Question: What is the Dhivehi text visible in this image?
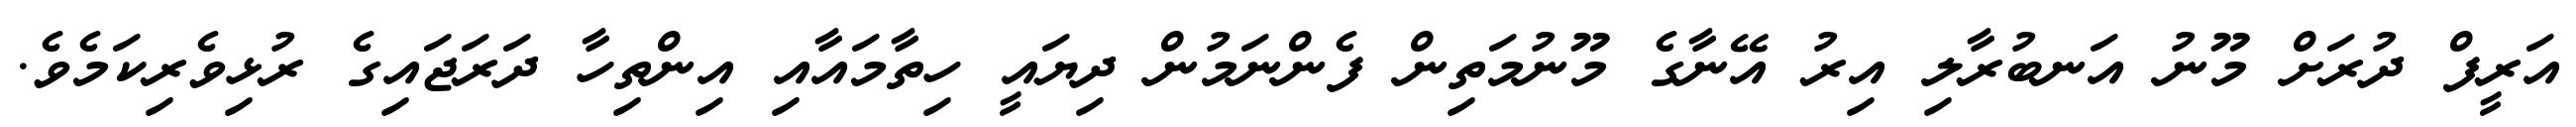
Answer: އަރީފް ދުރަށް މޫނު އަނބުރާލި އިރު އޭނާގެ މޫނުމަތިން ފެންނަމުން ދިޔައީ ހިތާމައާއި އިންތިހާ ދަރަޖައިގެ ރުޅިވެރިކަމެވެ.